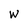
Character: w